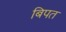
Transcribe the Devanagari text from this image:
बिपत